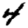
Digit: 4